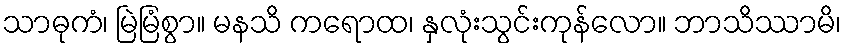
သာဓုကံ၊ မြဲမြံစွာ။ မနသိ ကရောထ၊ နှလုံးသွင်းကုန်လော။ ဘာသိဿာမိ၊